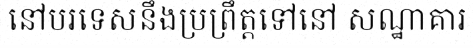
នៅបរទេសនឹងប្រព្រឹត្តទៅនៅ សណ្ឋាគារ